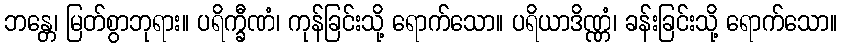
ဘန္တေ၊ မြတ်စွာဘုရား။ ပရိက္ခီဏံ၊ ကုန်ခြင်းသို့ ရောက်သော။ ပရိယာဒိဏ္ဏံ၊ ခန်းခြင်းသို့ ရောက်သော။